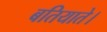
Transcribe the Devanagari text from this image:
बतियाते।